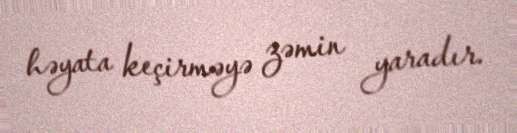
həyata keçirməyə zəmin yaradır.